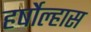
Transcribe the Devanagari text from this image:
हर्षोल्हास